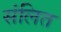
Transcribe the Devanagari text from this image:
संलित